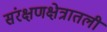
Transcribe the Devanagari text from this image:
संरक्षणक्षेत्रातली